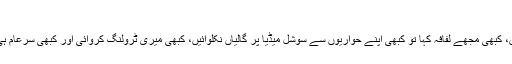
میں تو امیر مینائی کا قائل ہوں جو کہتے ہیں؎
میرے محبوب نے مجھ پر بہت ستم ڈھائے ہیں، کبھی مجھے لفافہ کہا تو کبھی اپنے حواریوں سے سوشل میڈیا پر گالیاں نکلوائیں، کبھی میری ٹرولنگ کروائی اور کبھی سرعام ہی مجھے تمام غلطیوں کا ذمہ دار قرار دیتا رہا۔